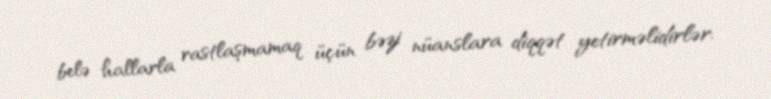
belə hallarla rastlaşmamaq üçün bəzi nüanslara diqqət yetirməlidirlər.